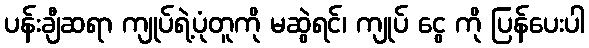
ပန်းချီဆရာ ကျုပ်ရဲ့ပုံတူကို မဆွဲရင်၊ ကျုပ် ငွေ ကို ပြန်ပေးပါ